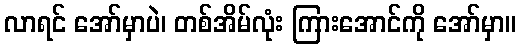
လာရင် အော်မှာပဲ၊ တစ်အိမ်လုံး ကြားအောင်ကို အော်မှာ။